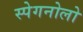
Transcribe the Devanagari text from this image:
स्पेगनोलो